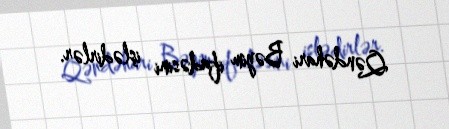
Qəndəhari Bəyim ifadəsini işlədirlər.